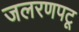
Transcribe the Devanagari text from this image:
जलरणपटू